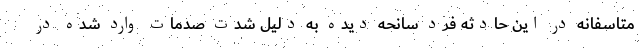
متاسفانه در این حادثه فرد سانحه دیده به دلیل شدت صدمات وارد شده در